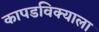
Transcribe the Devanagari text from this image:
कापडविक्याला